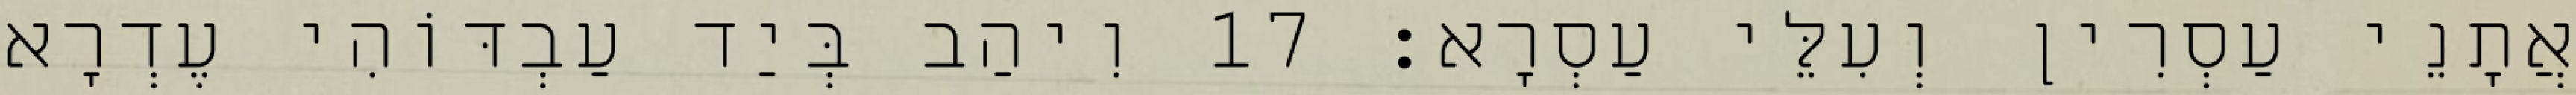
אֲתָנֵי עַסְרִין וְעִלֵּי עַסְרָא׃ 17 וִיהַב בְּיַד עַבְדּוֹהִי עֶדְרָא